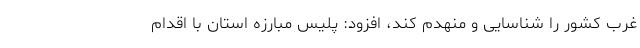
غرب کشور را شناسایی و منهدم کند، افزود: پلیس مبارزه استان با اقدام